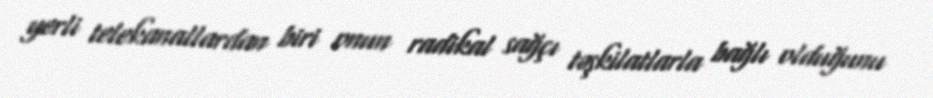
yerli telekanallardan biri onun radikal sağçı təşkilatlarla bağlı olduğunu